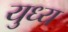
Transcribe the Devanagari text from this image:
युध्य